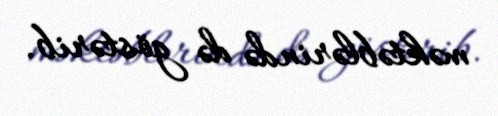
məktəblərində də göstərib.